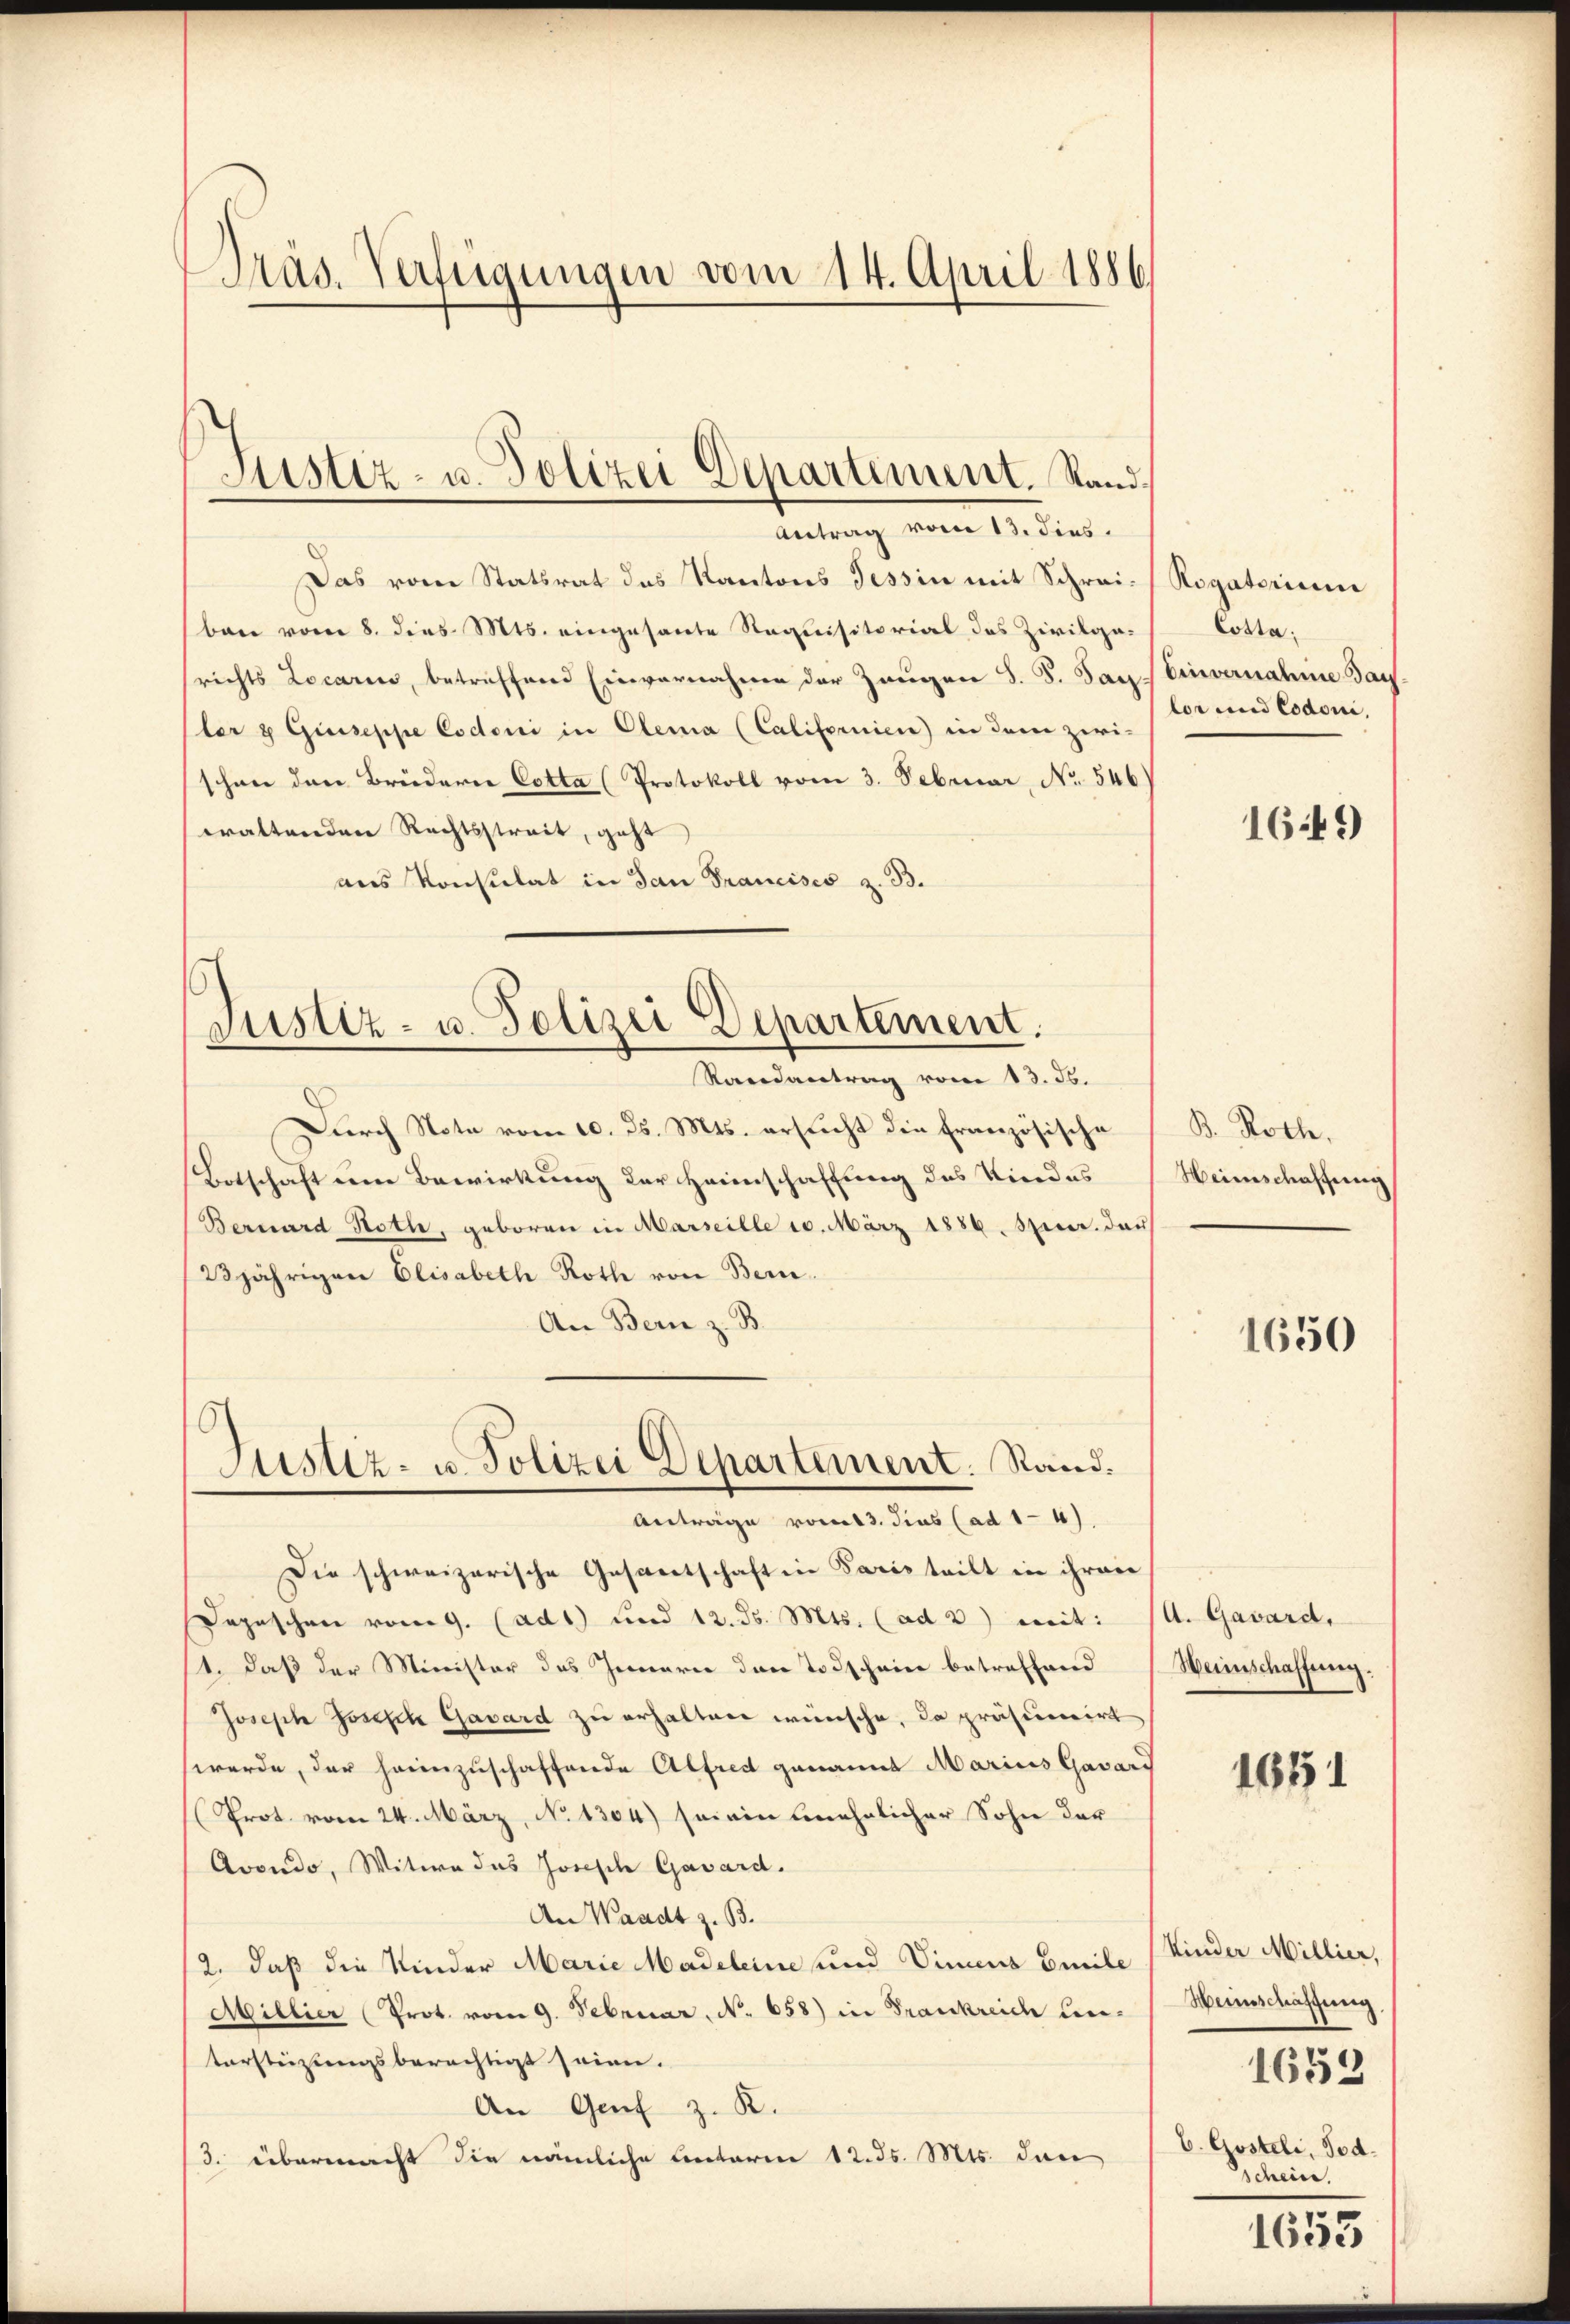
Präs. Verfügungen vom 14. April 1886

Das vom Statsrat des Kantons Tessin mit Schrei- Rogatorium
ban vom 8. dies Mts. eingesante Staquisitorial das Zivilge-
srichts Locarii, betreffend Einvernahme der Zeugen S. S. Jan. Einvernahme Sac
ler & Giuseppe Codoni in Olema (Californien) in dem zwi-
schon den Brüderer Cotta (Protokoll vom 3. Februar, No. 546
waltenden Rechtsstreit, geht
ans Konsulat in San Francisco z. B.

Justiz- u. Polizei Departement. Stand.
Antrag vom 13. dies.

Randantrag vom 13. Js.
Durch Note vom 10. ds. Mts. ersucht die französische
Botschaft um Bewirkung der Heimschaffung des Kindes
Bernard Roth, geboren in Marseille 10. März 1886. Jun. dar
23jährigen Elisabeth Roth von Bern.
An Bern z. B.
Die schweizerische Gesandtschaft in Paris teilt in ihren
Depeschen vom 9. (ad1) und 12. ds. Mts. (ad 3) mit: (A. Gavard,
1. daß der Minister des Innern den Todschein betreffend (Weinschaffung.
Joseph Joseph Gavard zu erhalten wünsche, da präsumirt
werde, der heimzuschaffende Alfred genannt Marius Gavard
(Prot. vom 24. März, No 1304) sei ein mehrlicher Sohn der
Avondo, Witwe das Josisch Gavard.
An Waadt z. B.
12. daß die Kinder Marie Madeleine und Vinens Emile
Millier (Prot. vom 9. Februar. No. 658) in Frankreid un-
tarsteizungsberechtigt seien.
An Genf z. R.
/3. übermacht die nämliche Unterm 12. ds. Mts. den

s
Justiz- u. Polizei Departement.

Justiz- u. Polizei Departement. Stand.
Anträge vom 3. dies (ad 1-4.

Cotta.
lor und Codoni,

1649

B. Roth.
Heimschaffung

1650

1651

Kinder Millier,
Weinschaffung
1653
b. Gosteli, Tod.
schein.

1653